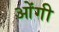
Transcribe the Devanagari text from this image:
ओंगी